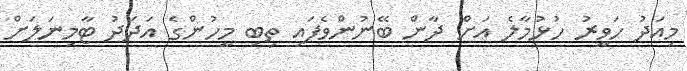
މިއަދު ހަވީރު ހުޅުމާލެ އަށް ދާން ބޭނުންވެފައި ތިބި މީހުންގެ އަދަދު ޓާމިނަލަށް